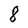
Character: 8